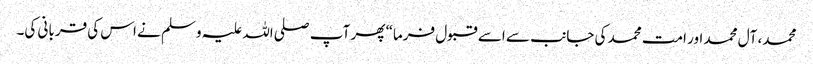
محمد، آل محمد اور امت محمد کی جانب سے اسے قبول فرما“ پھر آپ صلی اللہ علیہ وسلم نے اس کی قربانی کی۔